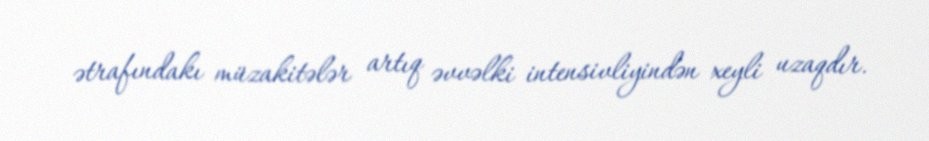
ətrafındakı müzakitələr artıq əvvəlki intensivliyindən xeyli uzaqdır.